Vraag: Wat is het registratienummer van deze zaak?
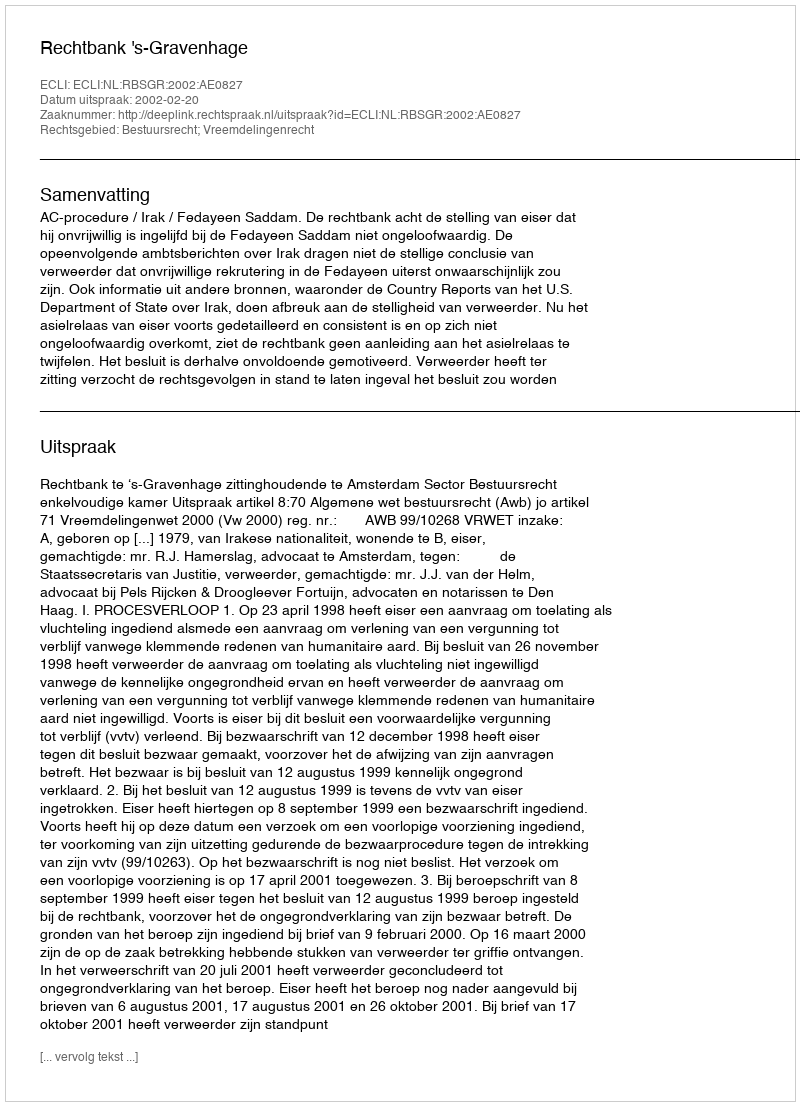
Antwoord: http://deeplink.rechtspraak.nl/uitspraak?id=ECLI:NL:RBSGR:2002:AE0827